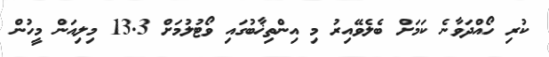
ކުރި ހޯއްދަވާނެ ކަމަށް ބެލެވޭއިރު މި އިންތިޚާބުގައި ވޯޓުލުމަށް 13.3 މިލިއަން މީހުން